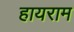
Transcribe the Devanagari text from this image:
हायराम